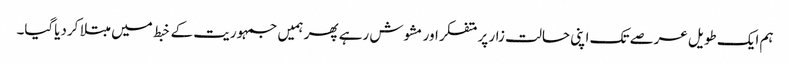
ہم ایک طویل عرصے تک اپنی حالت زار پر متفکر اور مشوش رہے پھر ہمیں جمہوریت کے خبط میں مبتلا کردیاگیا۔